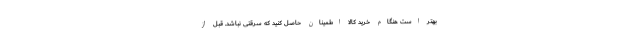
بهتر است هنگام خرید کالا اطمینان حاصل کنید که سرقتی نباشد. قبل از